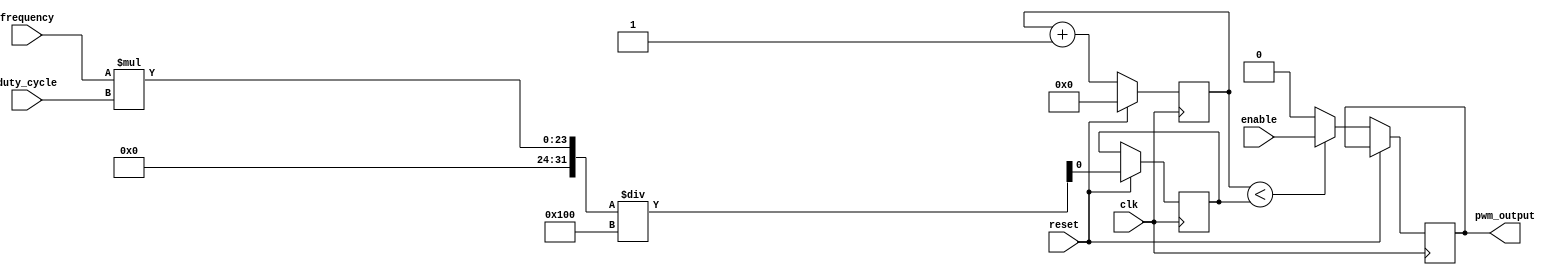
module PWM_generator (
    input wire clk,
    input wire enable,
    input wire reset,
    input wire [7:0] duty_cycle,
    input wire [15:0] frequency,
    output reg pwm_output
);

reg [15:0] counter;
reg threshold;

always @(posedge clk) begin
    if (reset) begin
        counter <= 0;
        threshold <= (frequency * duty_cycle) / 256;
    end else begin
        counter <= counter + 1;
        if (counter < threshold) begin
            pwm_output <= enable;
        end else begin
            pwm_output <= 0;
        end
    end
end

endmodule